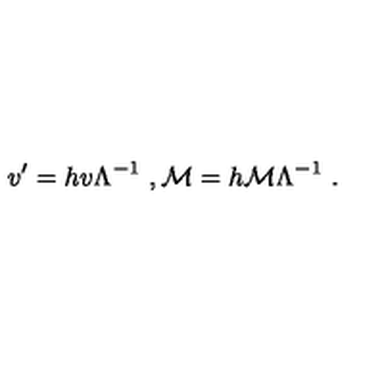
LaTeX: v ^ { \prime } = h v \Lambda ^ { - 1 } \ , { \cal M } = h { \cal M } \Lambda ^ { - 1 } \ .